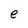
Character: e